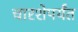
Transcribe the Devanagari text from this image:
चारशेपर्यंत